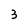
Character: 3